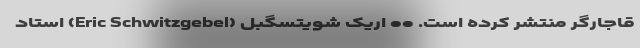
قاجارگر منتشر کرده است. •• اریک شویتسگِبِل (Eric Schwitzgebel) استاد